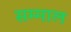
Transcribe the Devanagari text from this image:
सम्माल